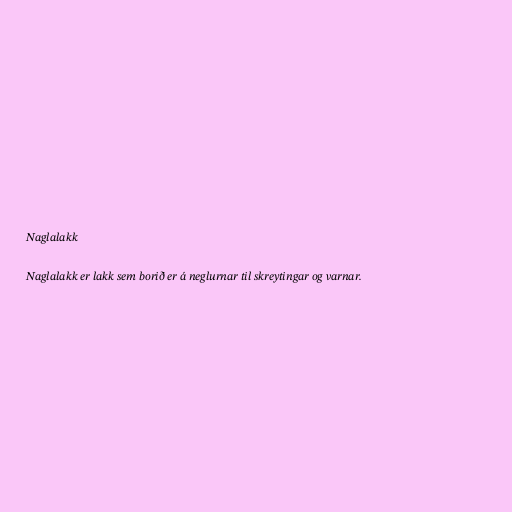
Naglalakk

Naglalakk er lakk sem borið er á neglurnar til skreytingar og varnar.